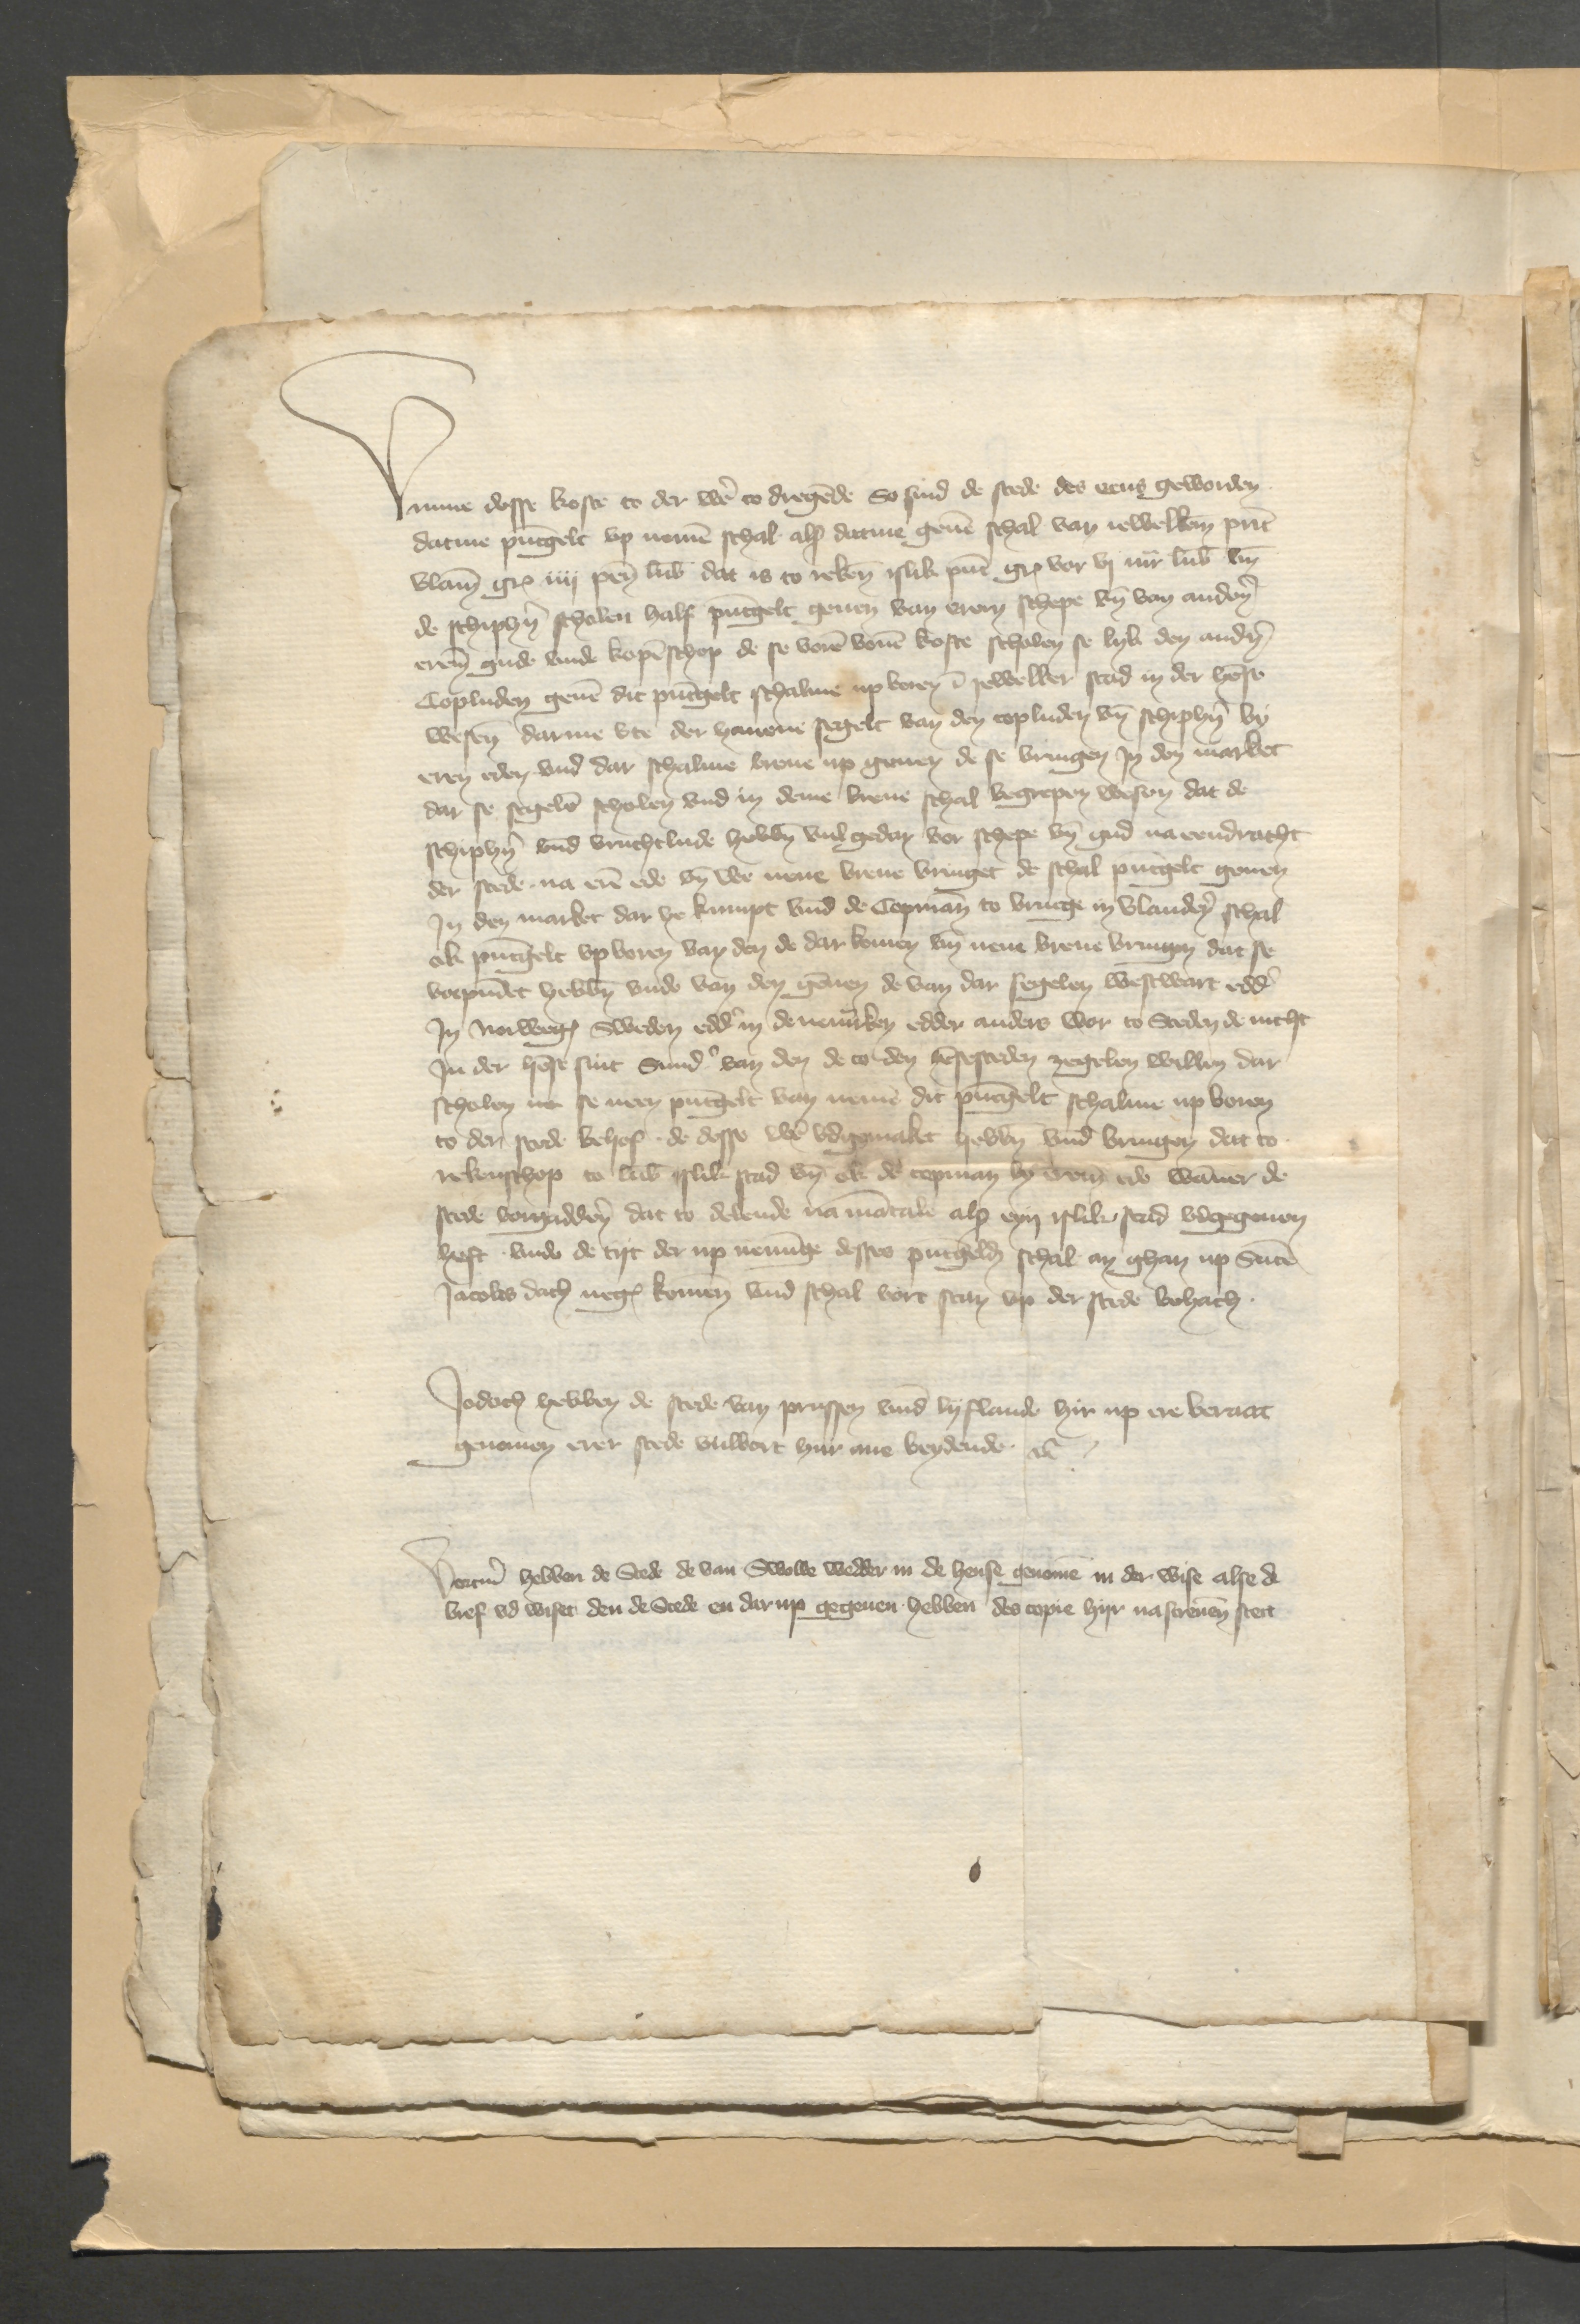
Vmme desse koste to der weren to dregende So sind de stede des eens geworden
dame puntgelt vp nemen schal als datme geuen schal van iewelken punt
vlamisch guld iiij pennig Lubsch dat is to rekenen islike punt guld vor vj mark Lubsch vnd
de schiperen scholen half puntgelt geuen van eren schepe vnd van anderen
eren gude vnde kopenschop de se voren bouen koste scholen se lyk den anderen
Copluden geuen dit pungelt schalmen up voren in nyewelker stad in der hense
wesen darme vte der hauene segelt van den Copluden vnd schipheren by
eren eden vnd dar schalme breue up geuen de se bringen Jn den market
dar se segelen scholen vnd in deme breue schal begrepen wesen dat de
schipheren vnd vruchtlude hebben vulgedan vor schepe vnd gud na eendracht
der stede na eren ede vnd we nene breue bringet de schal pungelt geuen
Jn den market dar he kumpt vnd de Copman to Brucge in Vlanderen schal
ok puntgelt vpboren bey den de dar komen vnd nene breue bringen dat se
vorpundet hebben vnde van den gennen de van dar segelen westwart edder
Jn Norwege Sweden edder in de neben edder andere wor to Steden de nicht
Jn der hense sint Sunder van den de to den hensesteden zegelen willen dar
scholen ne se neen puntgelt van nemen dit puntgelt schalme vp boren
to der sede behof de desse weren vdgemaket hebben vnnd bringen dat to
rekenschop to Lubeke islike stad vnd ok de Copman by eren ub wanner de
stede vorgadderen dat to delende na mantale als eyn islik Stad vdgegeuen
heft vnde de tyt der up neminge desses puntgeldes schal an ghan up Sunte
Jacobis dach negest komen vnd schal vort stan vp der stede vohach

Jodoch hebben de stede van Prussen vnnd Lyfflande hirup ere beraat
genomen erer stede vnwort hir ane beydende etcetera

Vortmer hebben de Stede de van Swolle wedder in de hense genomen in der wise alse de
bref vd wiset den de Stede en darup gegeuen hebben des Copis hyr na screuen steit